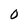
Character: 0